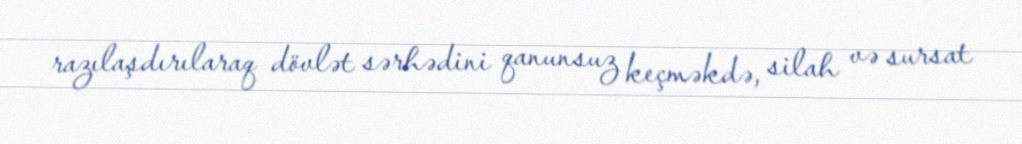
razılaşdırılaraq dövlət sərhədini qanunsuz keçməkdə, silah və sursat